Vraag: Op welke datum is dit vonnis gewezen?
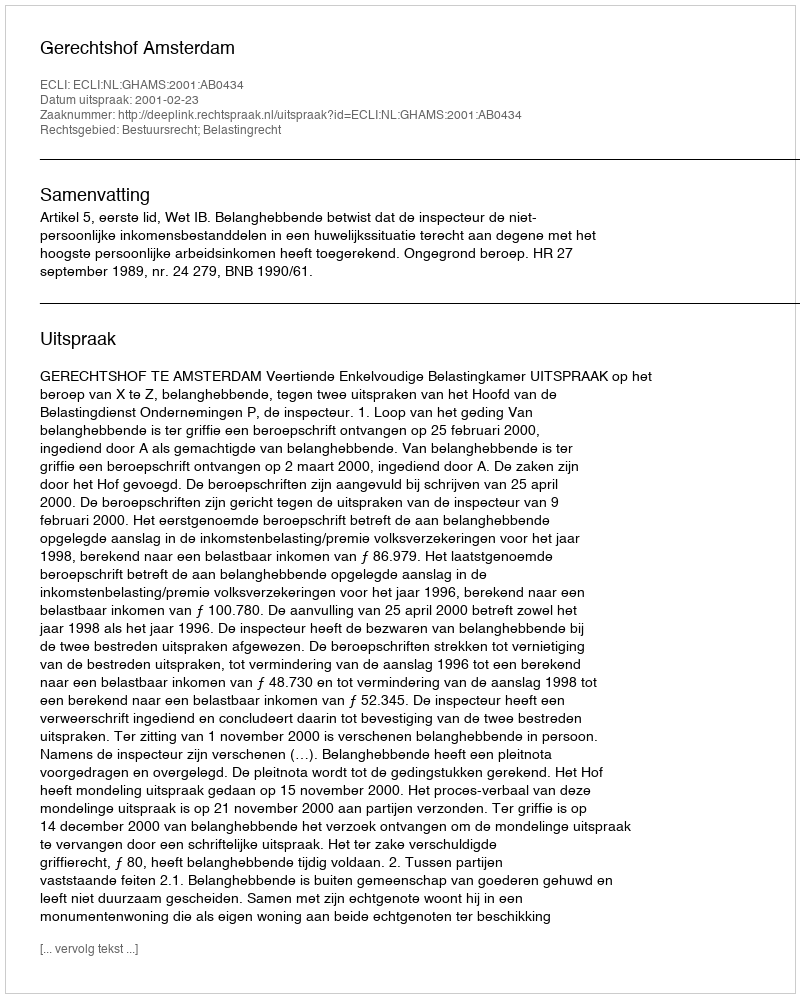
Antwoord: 2001-02-23